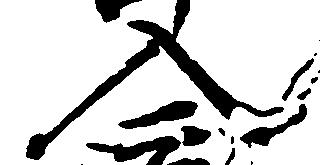
入